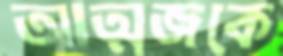
আত্মজকে